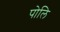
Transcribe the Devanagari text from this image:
पोलि